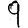
Digit: 9